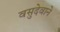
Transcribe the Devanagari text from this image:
वसुदेवाने